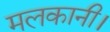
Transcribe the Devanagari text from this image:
मलकानी।